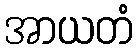
အာယတံ